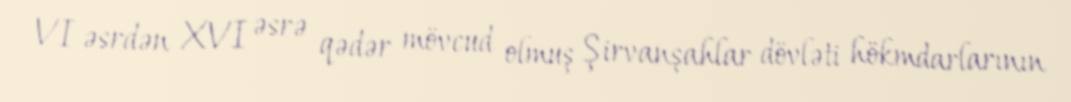
VI əsrdən XVI əsrə qədər mövcud olmuş Şirvanşahlar dövləti hökmdarlarının